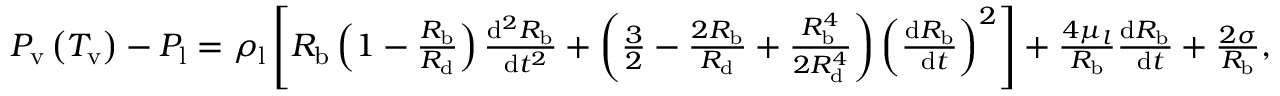
\begin{array} { r } { P _ { \mathrm { v } } \left( T _ { \mathrm { v } } \right) - P _ { \mathrm { l } } = \rho _ { \mathrm { l } } \left[ R _ { \mathrm { b } } \left( 1 - \frac { R _ { \mathrm { b } } } { R _ { \mathrm { d } } } \right) \frac { \mathrm { d } ^ { 2 } R _ { \mathrm { b } } } { \mathrm { ~ d } t ^ { 2 } } + \left( \frac { 3 } { 2 } - \frac { 2 R _ { \mathrm { b } } } { R _ { \mathrm { d } } } + \frac { R _ { \mathrm { b } } ^ { 4 } } { 2 R _ { \mathrm { d } } ^ { 4 } } \right) \left( \frac { \mathrm { d } R _ { \mathrm { b } } } { \mathrm { ~ d } t } \right) ^ { 2 } \right] + \frac { 4 \mu _ { l } } { R _ { \mathrm { b } } } \frac { \mathrm { d } R _ { \mathrm { b } } } { \mathrm { ~ d } t } + \frac { 2 \sigma } { R _ { \mathrm { b } } } , } \end{array}